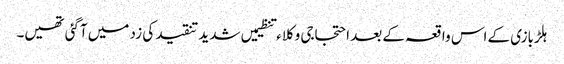
ہلڑبازی کے اس واقعہ کے بعد احتجاجی وکلاء تنظیمیں شدید تنقید کی زد میں آگئی تھیں۔